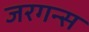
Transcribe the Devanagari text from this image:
जरगन्स